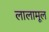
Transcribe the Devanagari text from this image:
लालामूल